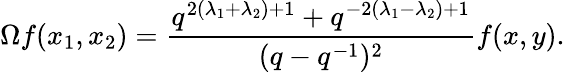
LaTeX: \Omega f(x_{1},x_{2})=\frac{q^{2(\lambda_{1}+\lambda_{2})+1}+q^{-2(\lambda_{1}-\lambda_{2})+1}}{(q-q^{-1})^{2}}f(x,y).